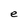
Character: e